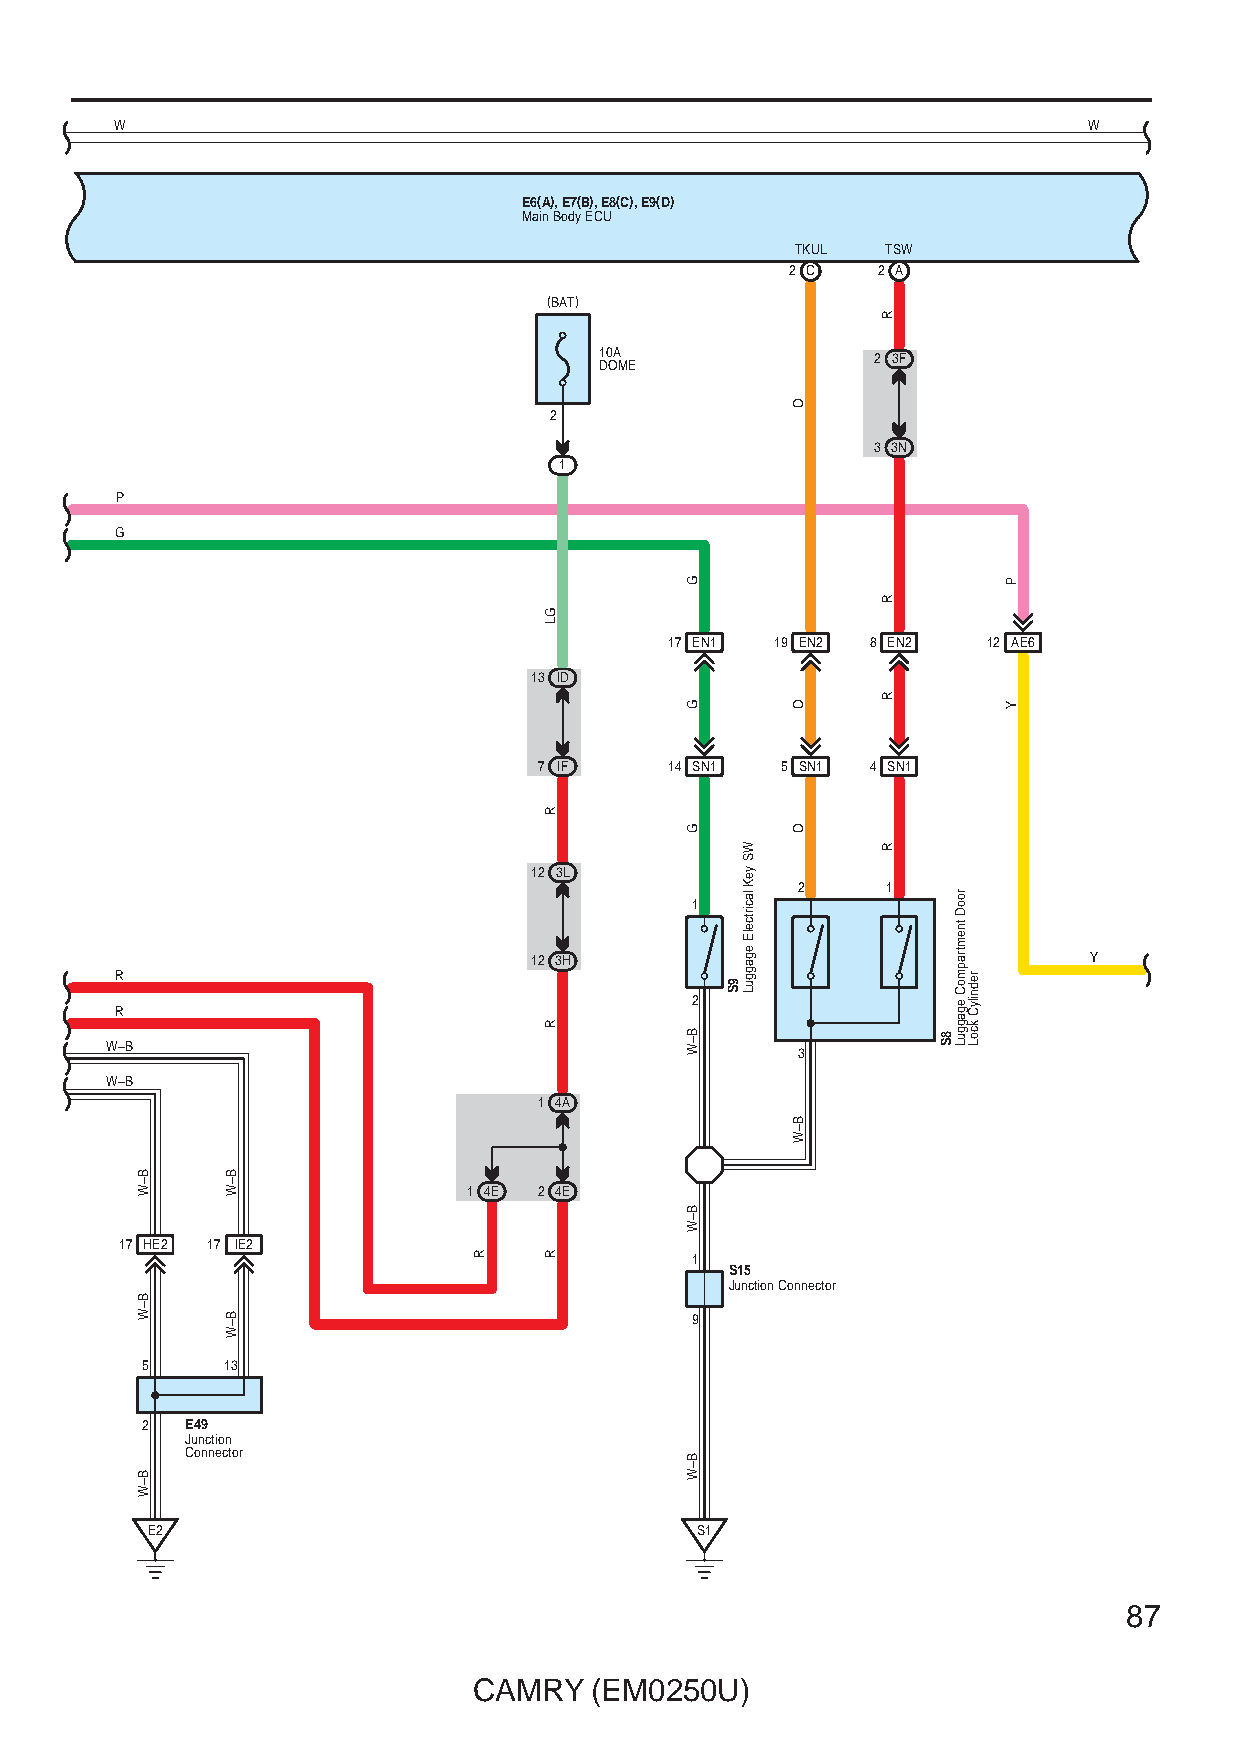
W                                                               W
 E6(A), E7(B), E8(C), E9(D)
 Main Body ECU
 TKUL  TSW
 2 C   2 A
 (BAT)
 10A               2 3F
 DOME
 2
 3 3N
 1
 P
 G
 17 EN1 19 EN2 8 EN2  12 AE6
 13 ID
 7 IF    14 SN1  5 SN1 4 SN1
 12 3L
 2     1
 1
 12 3H                                Y
 R
 2
 R
 W–B
 3
 W–B
 1 4A
 1 4E 2 4E
 17 HE2 17 IE2
 1
 S15
 Junction Connector
 9
 5     13
 2  E49
 Junction
 Connector
 E2                                  S1
 87
 CAMRY   (EM0250U)
 B–W
 B–W
 B–W
 B–W
 B–W
 R
 GL
 R
 R
 R
 G
 G
 G
 B–W
 B–W
 B–W
 9S
 WS
 yeK
 lacirtcelE
 egagguL
 O
 O
 O
 B–W
 R
 R
 R
 R
 8S
 rooD
 tnemtrapmoC
 egagguL
 rednilyC
 kcoL
 P
 Y